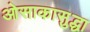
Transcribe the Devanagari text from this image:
ओसाकासुद्धा